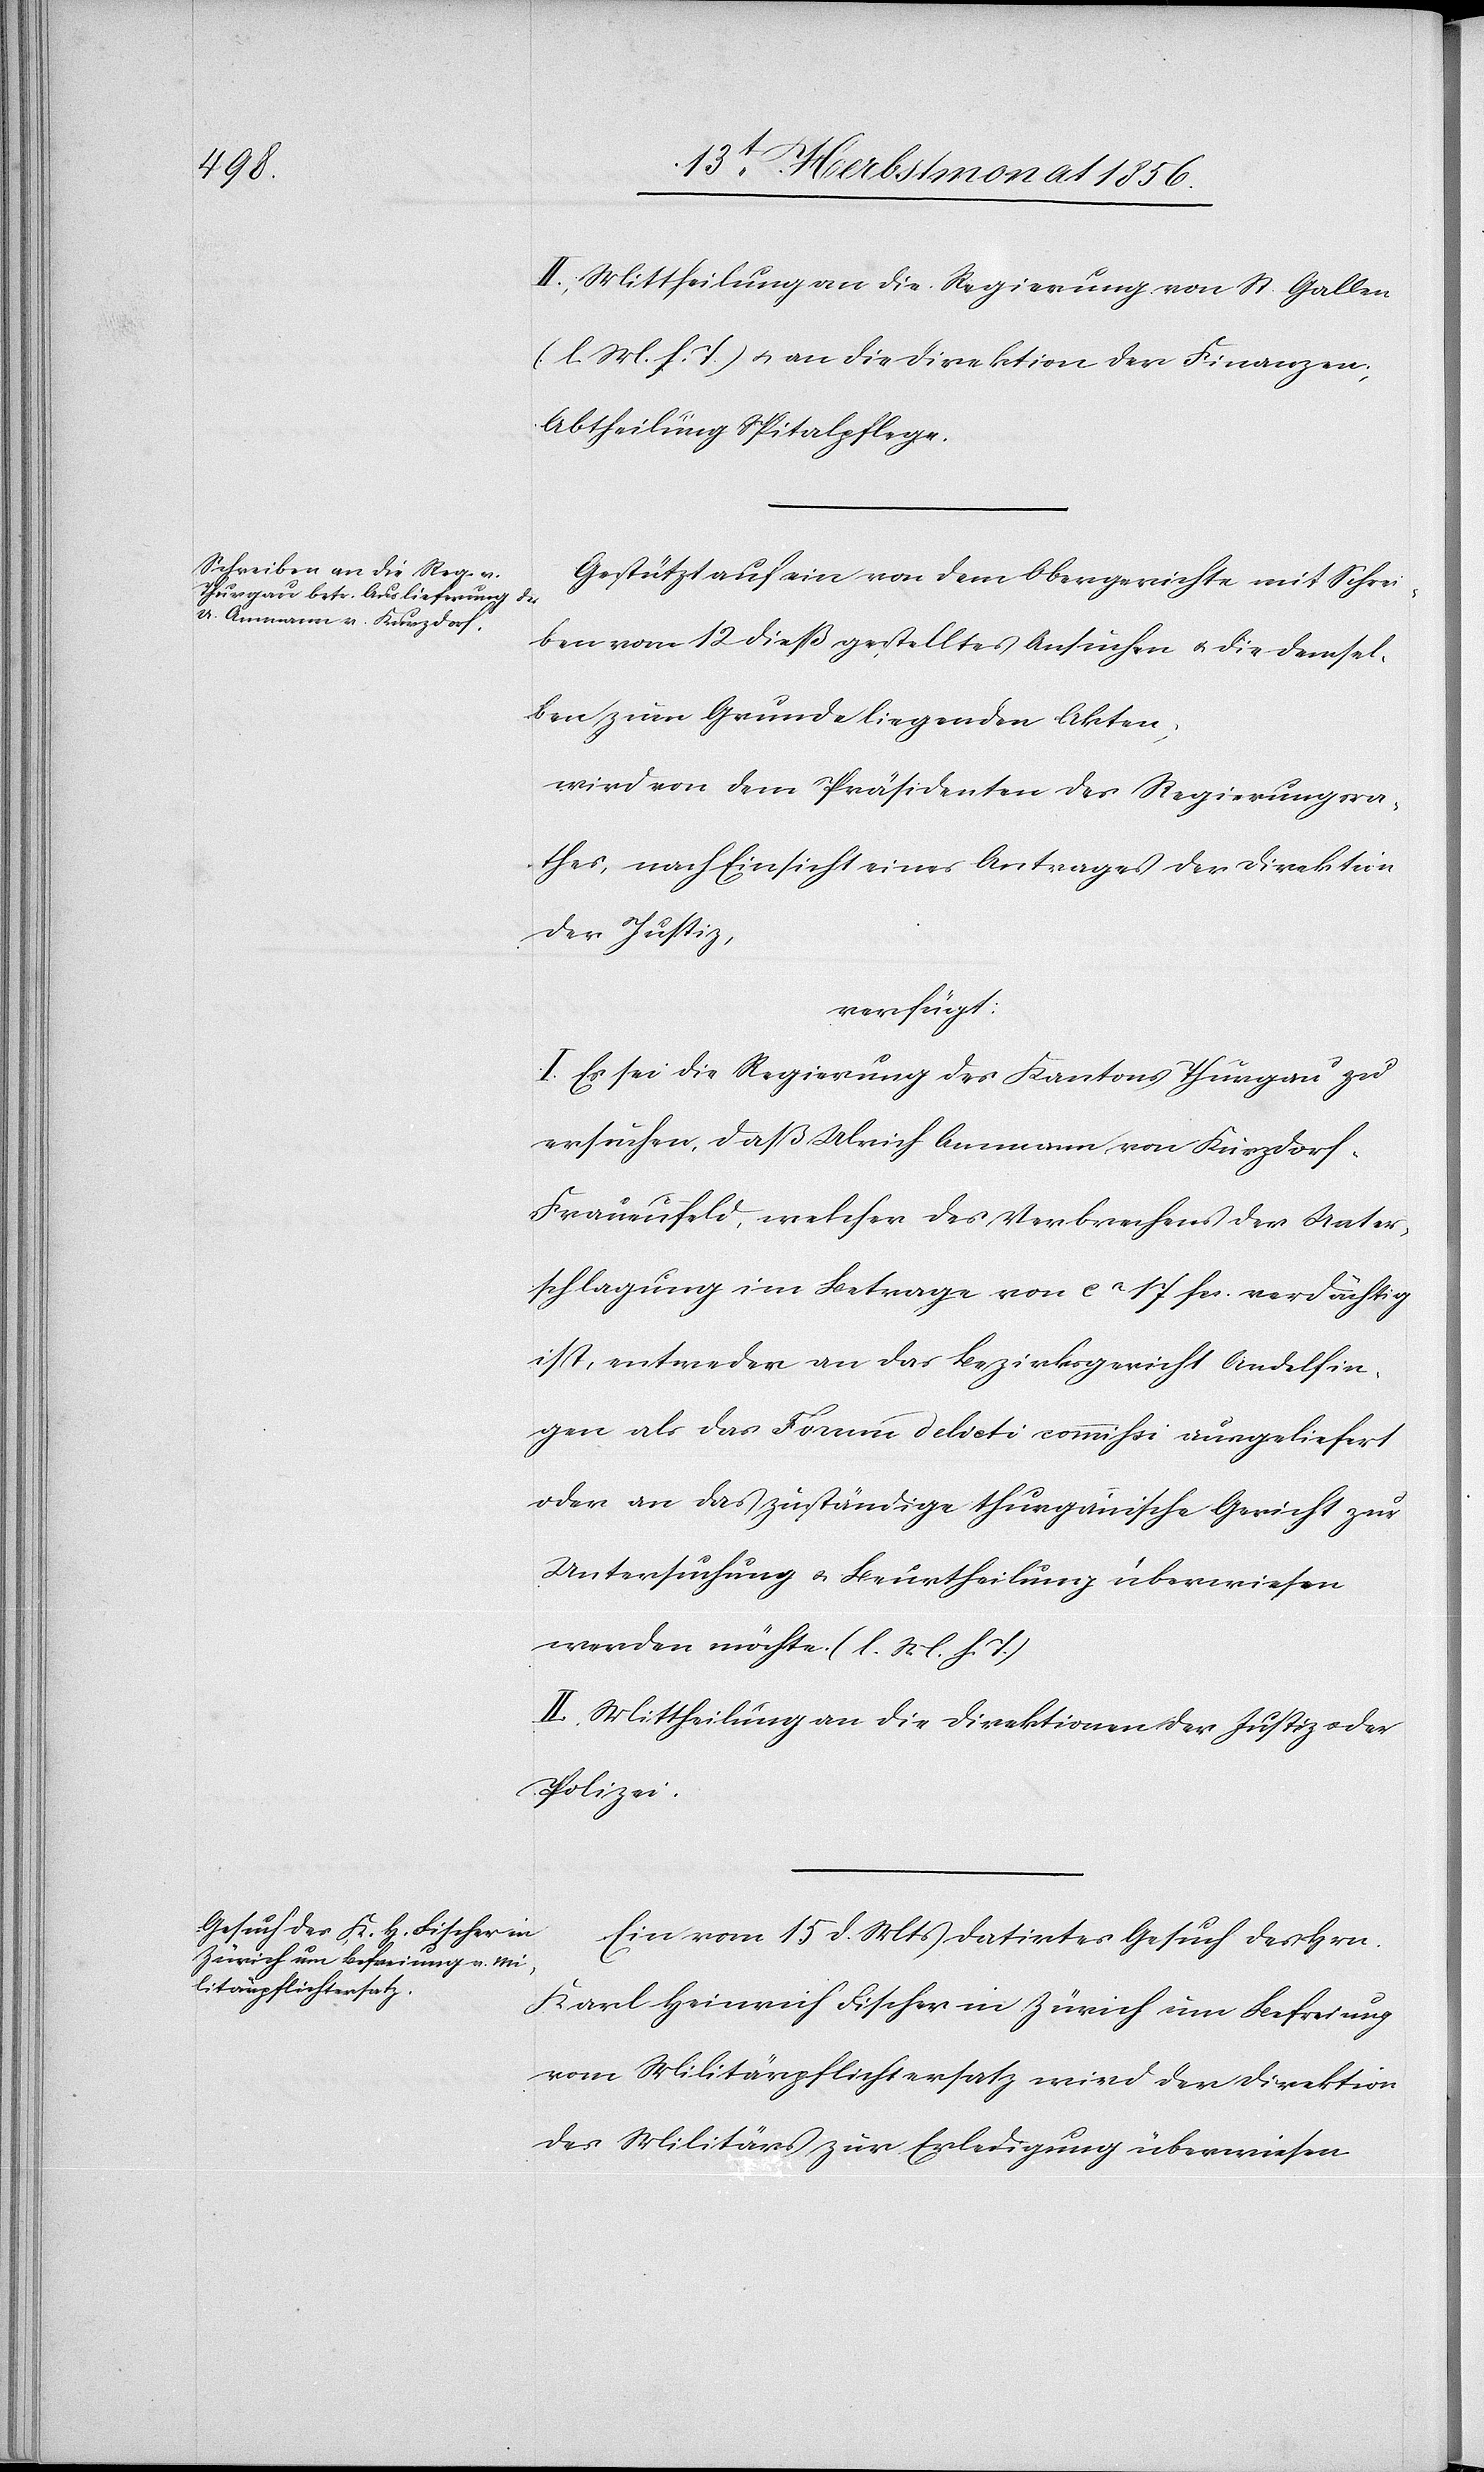
16t Herbstmonat 1856.]
II.) Mittheilung an die Regierung von St. Gallen
(l. M. h. T.) u. an die Direktion der Finanzen,
Abtheilung Spitalpflege.
Gestützt auf ein von dem Obergerichte mit Schrei¬
ben vom 12 dieß gestelltes Ansuchen u. die demsel¬
ben zum Grunde liegenden Akten,
wird von dem Präsidenten des Regierungsra¬
thes, nach Einsicht eines Antrages der Direktion
der Justiz,
verfügt:
I. Es sei die Regierung des Kantons Thurgau zu
ersuchen, daß Ulrich Ammann von Kurzdorf-F¬
rauenfeld, welcher des Verbrechens der Unter¬
schlagung im Betrage von ca 17 fcs. verdächtig
ist, entweder an das Bezirksgericht Andelfin¬
gen als das Forum delicti commissi ausgeliefert
oder an das zuständige thurgauische Gericht zur
Untersuchung u. Beurtheilung überwiesen
werden möchte. (l. M. h. T.)
II. Mittheilung an die Direktion der Justiz oder
Polizei.
Ein vom 15 d. Mts datirtes Gesuch des Hrn.
Karl Heinrich Fischer in Zürich um Befreiung
vom Militärpflichtersatz wird der Direktion
des Militärs zur Erledigung überwiesen.